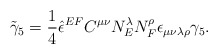
\begin{align*}{\tilde \gamma_5} = \frac 14{\hat \epsilon}^{E F} C^{\mu \nu}N^\lambda_E N^\rho_F \epsilon_{\mu \nu \lambda \rho} \gamma_5.\end{align*}